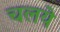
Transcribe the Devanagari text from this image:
चलये